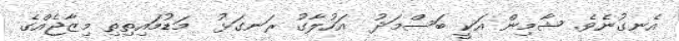
އެނގުނެވެ. ޝާމިން އަކީ ބަސްމަދު  އަހުލާގު ރަނގަޅު  މަޑުމައިތިތި މިޒާޖެއްގެ